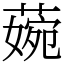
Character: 𦹅